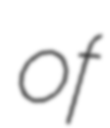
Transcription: of